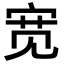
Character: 宽